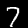
Label: 7